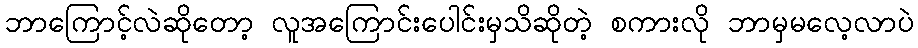
ဘာကြောင့်လဲဆိုတော့ လူအကြောင်းပေါင်းမှသိဆိုတဲ့ စကားလို ဘာမှမလေ့လာပဲ